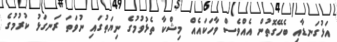
އަޅުގަނޑާއި ބެހޭގޮތުން އެއްވެސް ވާހަކައެއް މިޝްކާ ތެޅުވުމުގެ ނިޔަތުގައި ނުވަތަ ރަނގަޅު ކުރުމުގެ